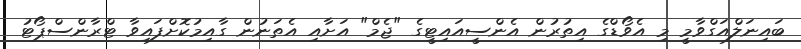
ބައިނަލްއަގްވާމީ މި އެވޯޑްގެ އިތުރުން އެންސީއައިޓީގެ "ޖެމް" އަށާއި އެތަނުން ގާއިމުކޮށްފައިވާ ޓްރާންސްޕޯޓު